Report of the Indian Hemp Drugs Commission, 1894-1895 - Volume VI
Year: 1894
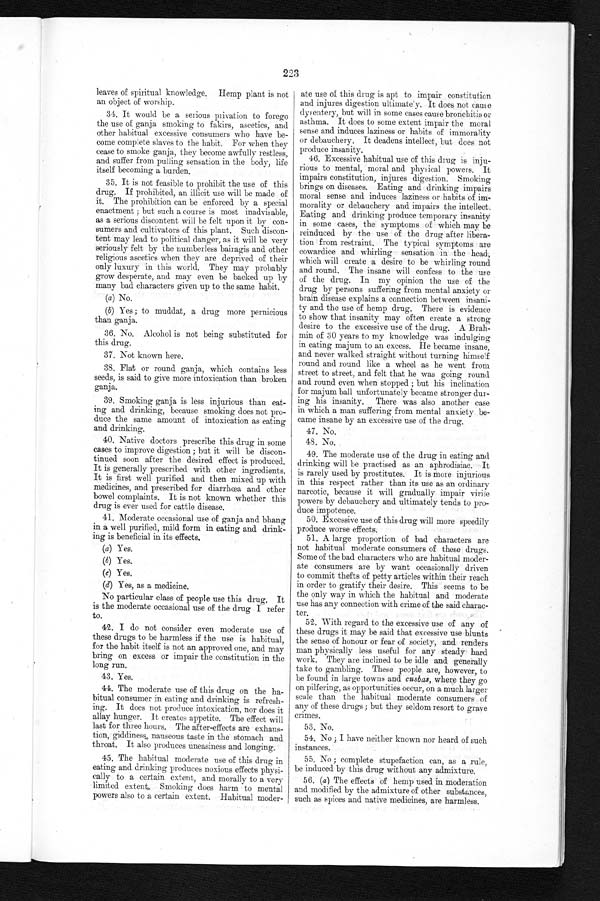
223
leaves of spiritual knowledge. Hemp plant is not
an object of worship.
34. It would be a serious privation to forego
the use of ganja smoking to fakirs, ascetics, and
other habitual excessive consumers who have be-
come complete slaves to the habit. For when they
cease to smoke ganja, they become awfully restless,
and suffer from pulling sensation in the body, life
itself becoming a burden.
35. It is not feasible to prohibit the use of this
drug. If prohibited, an illicit use will be made of
it. The prohibition can be enforced by a special
enactment ; but such a course is most inadvisable,
as a serious discontent will be felt upon it by con-
sumers and. cultivators of this plant. Such discon-
tent may lead to political danger, as it will be very
seriously felt by the numberless bairagis and other
religious ascetics when they are deprived of their
only luxury in this world. They may probably
grow desperate, and may even be backed up by
many bad characters given up to the same habit.
( a )
N o .
(b) Yes; to muddat, a drug more pernicious
than ganja.
36. No. Alcohol is not being substituted for
this drug.
37. Not known here.
38. Flat or round ganja, which contains less
seeds, is said to give more intoxication than broken
ganja.
39. Smoking ganja is less injurious than eat-
ing and drinking, because smoking does not pro-
duce the same amount of intoxication as eating
and drinking.
40. Native doctors prescribe this drug in some
cases to improve digestion ; but it will be discon-
tinued soon after the desired effect is produced.
It is generally prescribed with other ingredients.
It is first well purified and then mixed up with
medicines, and prescribed for diarrhœa and other
bowel complaints. It is not known whether this
drug is ever used for cattle disease.
41. Moderate occasional use of ganja and bhang
in a well purified, mild form in eating and drink-
ing is beneficial in its effects.
(a) Yes.
(b) Yes.
( c )
Y e s .
( d )
Y e s , a s a m e d i c i n e .
No particular class of people use this drug. It
is the moderate occasional use of the drug I refer
to.
42. I do not consider even moderate use of
these drugs to be harmless if the use is habitual,
for the habit itself is not an approved one, and may
bring on excess or impair the constitution in the
long run.
43. Yes.
44. The moderate use of this drug on the ha-
bitual consumer in eating and drinking is refresh-
ing. It does not produce intoxication, nor does it
allay hunger. It creates appetite. The effect will
last for three hours. The after-effects are exhaus-
tion, giddiness, nauseous taste in the stomach and
throat. It also produces uneasiness and longing.
45. The habitual moderate use of this drug in
eating and drinking produces noxious effects physi-
cally to a certain extent, and morally to a very
limited extent. Smoking does harm to mental
powers also to a certain extent. Habitual moder-
ate use of this drug is apt to impair constitution
and injures digestion ultimately. It does not cause
dysentery, but will in some cases cause bronchitis or
asthma. It does to some extent impair the moral
sense and induces laziness or habits of immorality
or debauchery. It deadens intellect, but does not
produce insanity.
46. Excessive habitual use of this drug is inju-
rious to mental, moral and physical powers. It
impairs constitution, injures digestion. Smoking
brings on diseases. Eating and drinking impairs
moral sense and induces laziness or habits of im-
morality or debauchery and impairs the intellect.
Eating and drinking produce temporary insanity
in some cases, the symptoms of which may be
reinduced by the use of the drug after libera-
tion from restraint. The typical symptoms are
cowardice and whirling sensation in the head,
which will create a desire to be whirling round
and round. The insane will confess to the use
of the drug. In my opinion the use of the
dr ug. by per sons suf f er i ng f r om ment al nxi
brain disease explains a connection between insani-
ty and the use of hemp drug. There is evidence
to show that insanity may often create a strong
desire to the excessive use of the drug. A Brah-
min of 30 years to my knowledge was indulging
in eating majum to an excess. He became insane,
and never walked straight without turning hims
e l f r o u n d a n d r o u n d l i k e a w h e e l a s h e w e n t f r o m
street to street, and felt that he was going round
and round even when stopped ; but his inclination
for majum ball unfortunately became stronger dur-
ing his insanity. There was also another case
in which a man suffering from mental anxiety be-
came insane by an excessive use of the drug.
47. No.
48. No.
49. The moderate use of the drug in eating and
drinking will be practised as an aphrodisiac. It
is rarely used by prostitutes. It is more injurious
in this respect rather than its use as an ordinary
narcotic, because it will gradually impair virile
powers by debauchery and ultimately tends to pro-
duce impotence.
50. Excessive use of this drug will more speedily
produce worse effects.
51. A large proportion of bad characters are
not habitual moderate consumers of these drugs.
Some of the bad characters who are habitual moder-
ate consumers are by want occasionally driven
to commit thefts of petty articles within their reach
in order to gratify their desire. This seems to be
the only way in which the habitual and moderate
use has any connection with crime of the said charac-
ter.
52. With regard to the excessive use of any of
these drugs it may be said that excessive use blunts
the sense of honour or fear of society, and renders
man physically less useful for any steady hard
work. They are inclined to be idle and generally
take to gambling. These people are, however, to
be found in large towns and cusbas, where they go
on pilfering, as opportunities occur, on a much larger
scale than the habitual moderate consumers of
any of these drugs ; but they seldom resort to grave
crimes.
53. No.
54. No ; I have neither known nor heard of such
instances.
55. No ; complete stupefaction can, as a rule,
be induced by this drug without any admixture.
56. (a) The effects of hemp used in moderation
and modified by the admixture of other substances,
such as spices and native medicines, are harmless.